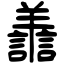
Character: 譱